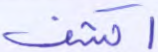
اكشف